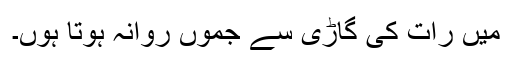
میں رات کی گاڑی سے جموں روانہ ہوتا ہوں۔